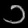
Digit: ၁